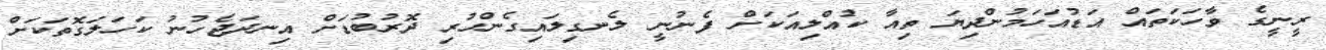
ރީނީގެ ވާހަކަތައް އަޑުއަހަމުންދިޔަ ތިއާ ކުއްލިއަކަށް ފެނުނީ ލެނގިލައިގެންހުރި ދޮރުބުޑަށް އިނދަޖެހުނު ކަހަލަގޮތަކަށް